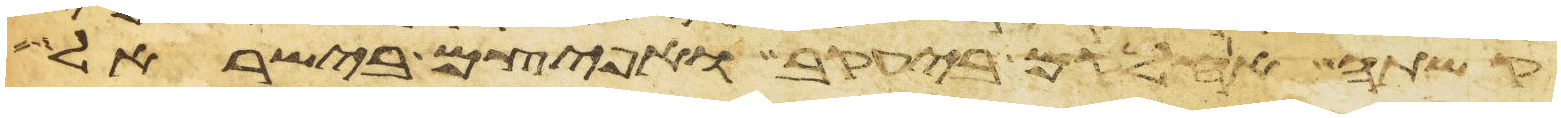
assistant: קשתה אחלקם ביעקב ואפיצם בישראל